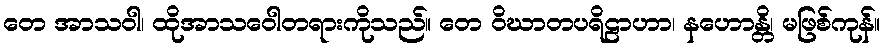
တေ အာသဝါ၊ ထိုအာသဝေါတရားကိုသည်။ တေ ဝိဃာတပရိဠာဟာ၊ နဟောန္တိ၊ မဖြစ်ကုန်။